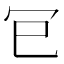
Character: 𭁳